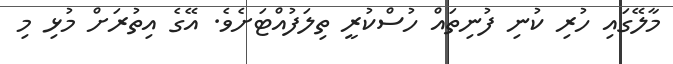
މާލޭގައި ހުރި ކުނި ފުނިތައް ހުސްކުރީ ތިލަފުއްޓަށެވެ. އޭގެ އިތުރަށް މުޅި މި